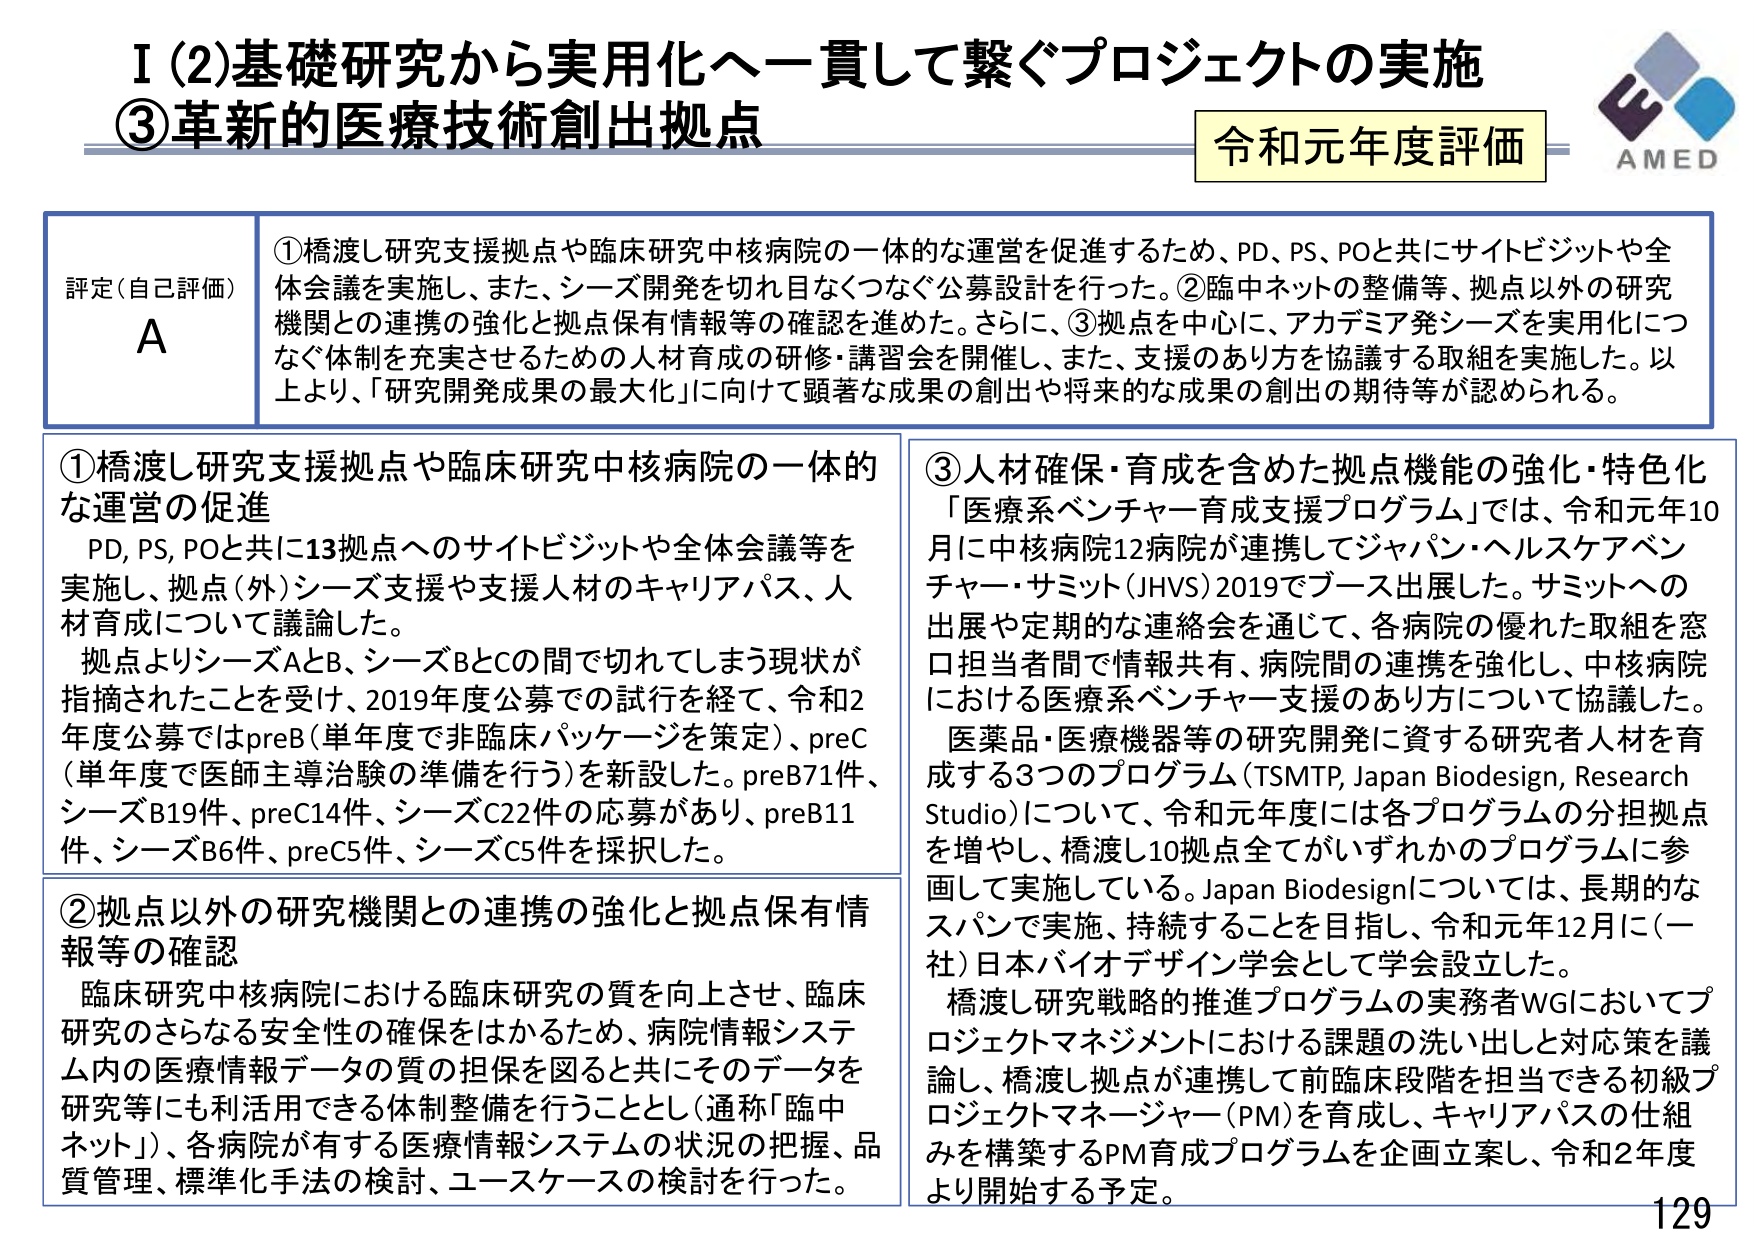
I (2) 基礎研究から実用化へ一貫して繋ぐプロジェクトの実施
③ 革新的医療技術創出拠点

令和元年度評価
AMED

評定（自己評価）
A

① 橋渡し研究支援拠点や臨床研究中核病院の一体的な運営を促進するため、PD、PS、POと共にサイトビジットや全体会議を実施し、また、シーズ開発を切れ目なくつなぐ公募設計を行った。② 臨中ネットの整備等、拠点以外の研究機関との連携の強化と拠点保有情報等の確認を進めた。さらに、③ 拠点を中心に、アカデミア発シーズを実用化につなぐ体制を充実させるための人材育成の研修・講習会を開催し、また、支援のあり方を協議する取組を実施した。以上より、「研究開発成果の最大化」に向けて顕著な成果の創出や将来的な成果の創出の期待等が認められる。

① 橋渡し研究支援拠点や臨床研究中核病院の一体的な運営の促進
PD, PS, POと共に13拠点へのサイトビジットや全体会議等を実施し、拠点（外）シーズ支援や支援人材のキャリアパス、人材育成について議論した。
拠点よりシーズAとB、シーズBとCの間で切れてしまう現状が指摘されたことを受けて、2019年度公募での試行を経て、令和2年度公募ではpreB（単年度で非臨床パッケージを策定）、preC（単年度で医師主導治験の準備を行う）を新設した。preB71件、シーズB19件、preC14件、シーズC22件の応募があり、preB11件、シーズB6件、preC5件、シーズC5件を採択した。

② 拠点以外の研究機関との連携の強化と拠点保有情報等の確認
臨床研究中核病院における臨床研究の質を向上させ、臨床研究のさらなる安全性の確保をはかるため、病院情報システム内の医療情報データの質の担保を図ると共にそのデータを研究等にも利活用できる体制整備を行うこととし（通称「臨中ネット」）、各病院が有する医療情報システムの状況の把握、品質管理、標準化手法の検討、ユースケースの検討を行った。

③ 人材確保・育成を含めた拠点機能の強化・特色化
「医療系ベンチャー育成支援プログラム」では、令和元年10月に中核病院12病院が連携してジャパン・ヘルスケアベンチャー・サミット（JHVS）2019でブース出展した。サミットへの出展や定期的な連絡会を通じて、各病院の優れた取組を窓口担当者間で情報共有、病院間の連携を強化し、中核病院における医療系ベンチャー支援のあり方について協議した。
医薬品・医療機器等の研究開発に資する研究者人材を育成する3つのプログラム（TSMT P, Japan Biodesign, Research Studio）について、令和元年度には各プログラムの分担拠点を増やし、橋渡し10拠点全てがいずれかのプログラムに参画して実施している。Japan Biodesignについては、長期的なスパンで実施、持続することを目指し、令和元年12月に（一社）日本バイオデザイン学会として学会設立した。
橋渡し研究戦略の推進プログラムの実務者WGにおいてプロジェクトマネジメントにおける課題の洗い出しと対応策を議論し、橋渡し拠点が連携して前臨床段階を担当できる初級プロジェクトマネージャー（PM）を育成し、キャリアパスの仕組みを構築するPM育成プログラムを企画立案し、令和2年度より開始する予定。

129